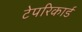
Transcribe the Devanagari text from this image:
टेपरिकार्ड